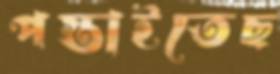
পস্তাইতেছ